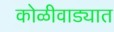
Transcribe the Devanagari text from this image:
कोळीवाड्यात